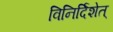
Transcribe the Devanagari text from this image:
विनिर्दिशेत्